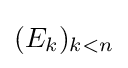
(E_{k})_{k<n}